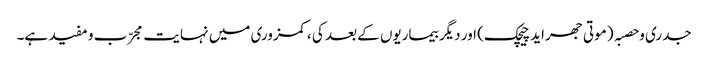
جدری و حصبہ ( موتی جھراید چیچک) اور دیگر بیماریوں کے بعد کی ،کمزوری میں نہایت مجرّب و مفید ہے۔